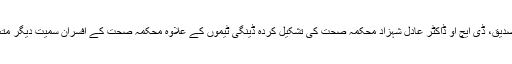
اجلاس میں ،سی ای او ہیلتھ ڈاکٹر محمد صدیق، ڈی ایچ او ڈاکٹر عادل شہزاد محکمہ صحت کی تشکیل کردہ ڈینگی ٹیموں کے علاوہ محکمہ صحت کے افسران سمیت دیگر متعلقہ محکموں کے افسران نے شرکت کی.